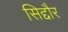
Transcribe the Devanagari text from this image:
सिद्दौर